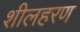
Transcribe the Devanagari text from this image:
शीलहरण